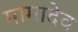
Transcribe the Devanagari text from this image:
मामादेव